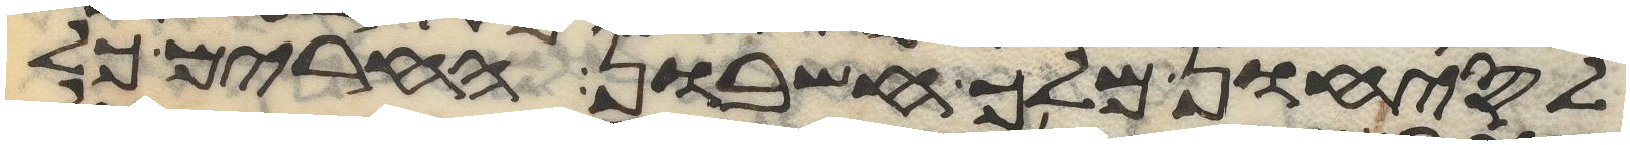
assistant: לסיחון מלך חשבון החרים כל